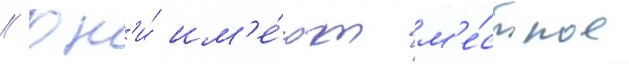
// Он'и́ им'е́ют м'е́стное